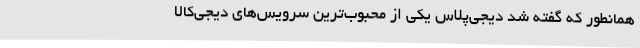
همانطور که گفته شد دیجی‌پلاس یکی از محبوب‌ترین سرویس‌های دیجی‌کالا